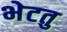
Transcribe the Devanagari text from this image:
भेटतु